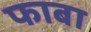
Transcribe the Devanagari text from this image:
फाबा